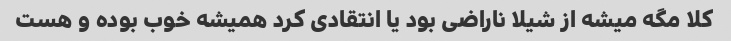
کلا مگه میشه از شیلا ناراضی بود یا انتقادی کرد همیشه خوب بوده و هست